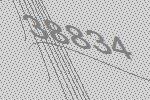
38834